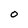
Character: O